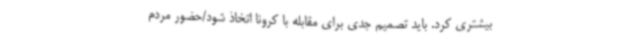
بیشتری کرد. باید تصمیم جدی برای مقابله با کرونا اتخاذ شود/حضور مردم